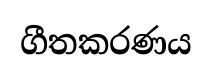
ගීතකරණය